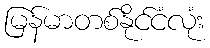
မြန်မာတစ်နိုင်ငံလုံး